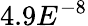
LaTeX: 4.9E^{-8}